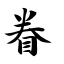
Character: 眷